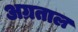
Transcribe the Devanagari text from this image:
अग्रताल